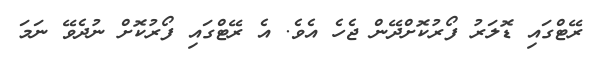
ރޭޓްގައި ޑޮލަރު ފޯރުކޮށްދޭން ޖެހެ އެވެ. އެ ރޭޓްގައި ފޯރުކޮށް ނުދެވޭ ނަމަ